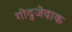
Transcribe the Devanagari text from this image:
गोद्जेवाक